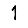
Digit: 1